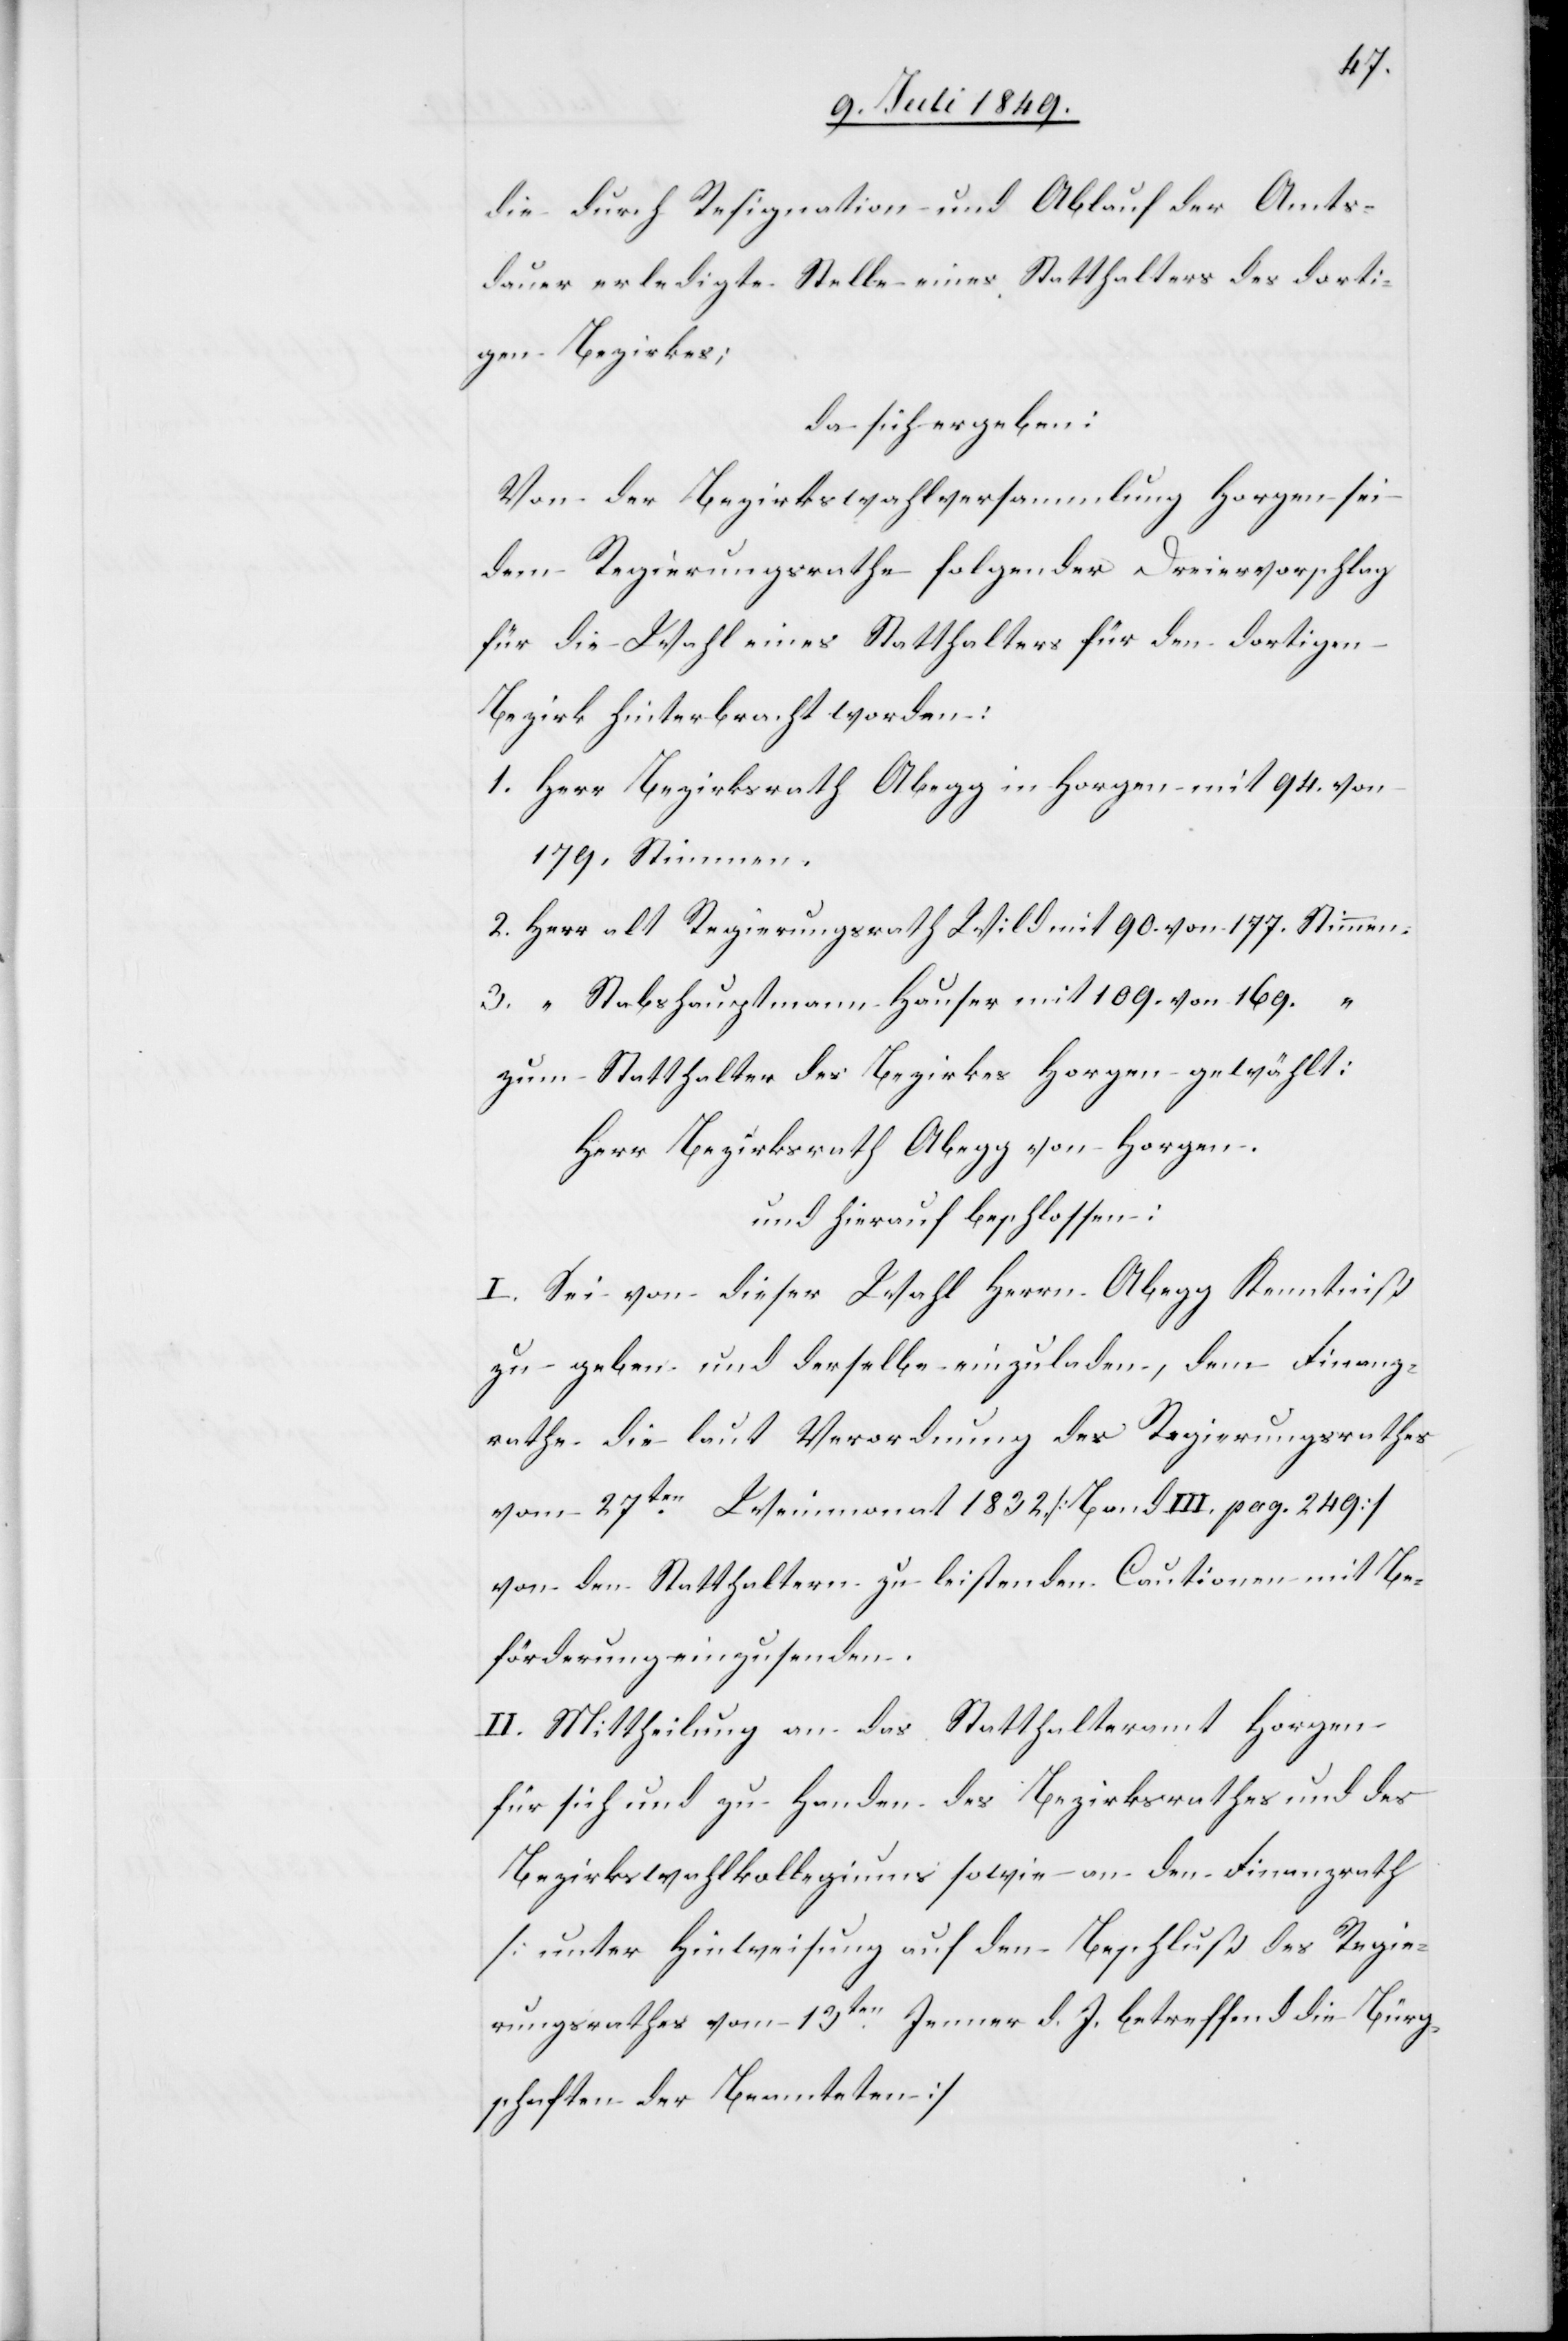
die durch Resignation und Ablauf der Amts¬
dauer erledigte Stelle eines Statthalters des dorti¬
gen Bezirkes;
da sich ergeben:
Von der Bezirkswahlversammlung Horgen sei
dem Regierungsrathe folgender Dreiervorschlag
für die Wahl eines Statthalters für den dortigen
Bezirk hinterbracht worden:
1. Herr Bezirksrath Abegg in Horgen mit 94. von
179. Stimmen.
2. Herr alt Regierungsrath Wild mit 90. von 177. Stimmen.
3. “ Stabshauptmann Hauser mit 109. von 169. “
zum Statthalter des Bezirkes Horgen gewählt:
Herr Bezirksrath Abegg von Horgen.
und hierauf beschlossen:
I. Sei von dieser Wahl Herrn Abegg Kenntniß
zu geben und derselbe einzuladen, dem Finanz¬
rathe die laut Verordnung des Regierungsrathes
vom 27ten Weinmonat 1832. [Band III. pag. 249]
von den Statthaltern zu leistenden Cautionen mit Be¬
förderung einzusenden.
II. Mittheilung an das Statthalteramt Horgen
für sich und zu Handen des Bezirksrathes und des
Bezirkswahlkollegiums sowie an den Finanzrath
[unter Hinweisung auf den Beschluß des Regie¬
rungsrathes vom 13ten Jenner d. J. betreffend die Bürg¬
schaften der Beamteten]